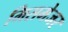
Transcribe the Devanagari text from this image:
मिसमेजर